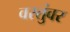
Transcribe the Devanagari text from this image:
वस्तुंवर